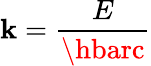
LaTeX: \mathbf{k}={\frac{{E}}{{\hbarc}}}